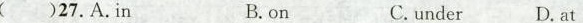
( )27.A.In B. on C.under D. at